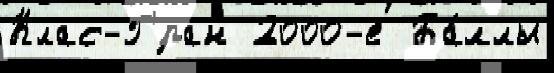
Клас-Г'́ран 2000-е  Ба́ллы